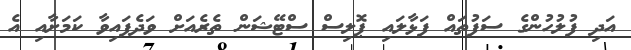
އަދި ފުލުހުންގެ ސަފުތައް ފަޅާލައި ޕޮލިސް ސްޓޭޝަން ތެރެއަށް ވަދެފައިވާ ކަމަށާއި އެ